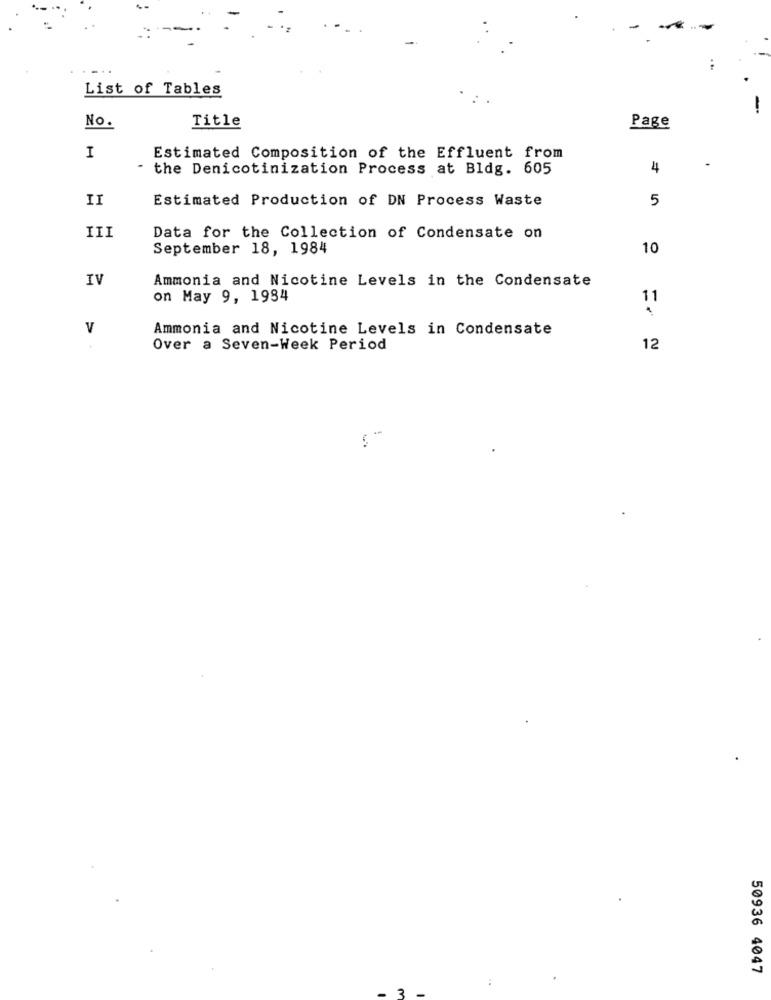
List of Tables
No.
Title
Page
I
Estimated Composition of the Effluent from
- the Denicotinization Process at Bldg. 605
4
II
Estimated Production of DN Process Waste
5
III
Data for the Collection of Condensate on
September 18, 1984
10
IV
Ammonia and Nicotine Levels in the Condensate
on May 9, 1984
11
V
Ammonia and Nicotine Levels in Condensate
Over a Seven-Week Period
12
-
50936 4047